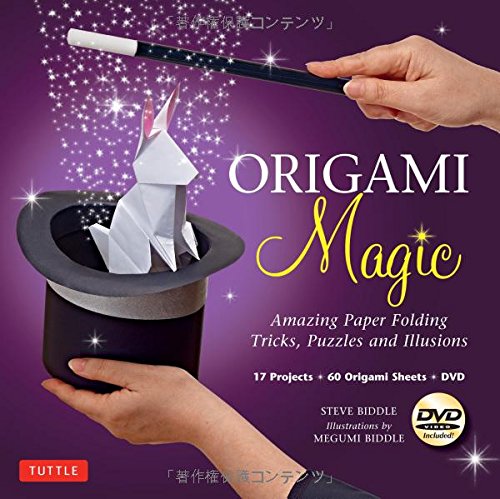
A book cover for Origami Magic Kit: Amazing Paper Folding Tricks, Puzzles and Illusions [Origami Kit with Book, DVD, 60 Papers, 17 Projects]; Steve Biddle; Humor & Entertainment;